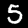
Label: 5